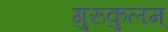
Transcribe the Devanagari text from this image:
गुरुकुलम्